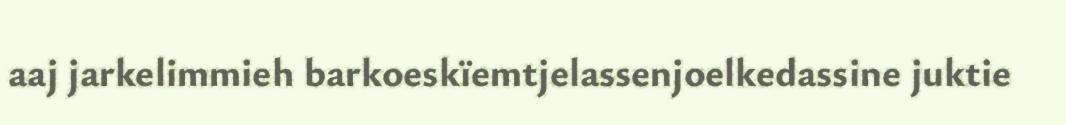
aaj jarkelimmieh barkoeskïemtjelassenjoelkedassine juktie